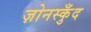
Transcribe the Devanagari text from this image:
ज़ोनस्कुँद